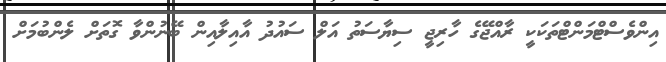
އިންވެސްޓްމަންޓްތަކަކީ ރާއްޖޭގެ ހާރިޖީ ސިޔާސަތު އަލް ސައުދު އާއިލާއިން ބޭނުންވާ ގޮތަށް ލެންބުމަށް